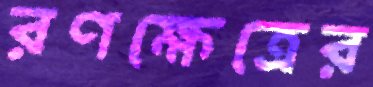
রণক্ষেত্রের